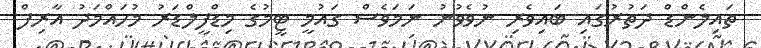
ތައިލެންޑް ދަތުރުގައި ބައިވެރި ނުވެވުނު ނަމަވެސް ގައުމީ ޓީމުގެ މިޑްފީލްޑަރު މުހައްމަދު އާރިފް